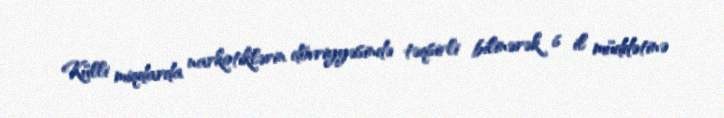
Külli miqdarda narkotiklərin dövriyyəsində təqsirli bilinərək 6 il müddətinə